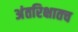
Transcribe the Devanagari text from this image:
अंतरिक्षातच